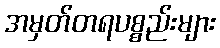
အမှတ်တရပစ္စည်းများ